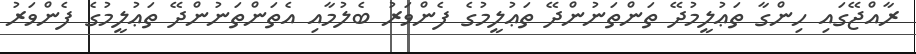
ރާއްޖޭގައި ހިންގާ ތަޢުލީމުދޭ ތަންތަނުންދޭ ތަޢުލީމުގެ ފެންވަރު ބެލުމާއި އެތަންތަނުންދޭ ތަޢުލީމުގެ ފެންވަރު